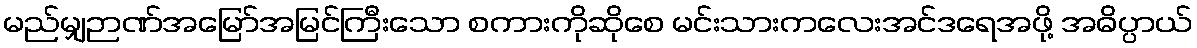
မည်မျှဉာဏ်အမြော်အမြင်ကြီးသော စကားကိုဆိုစေ မင်းသားကလေးအင်ဒရေအဖို့ အဓိပ္ပာယ်